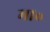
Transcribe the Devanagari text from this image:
मा॰